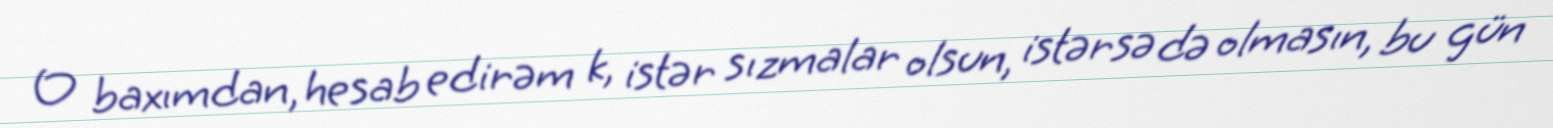
O baxımdan, hesab edirəm k, istər sızmalar olsun, istərsə də olmasın, bu gün